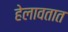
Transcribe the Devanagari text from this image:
हेलावतात